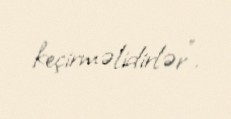
keçirməlidirlər”.